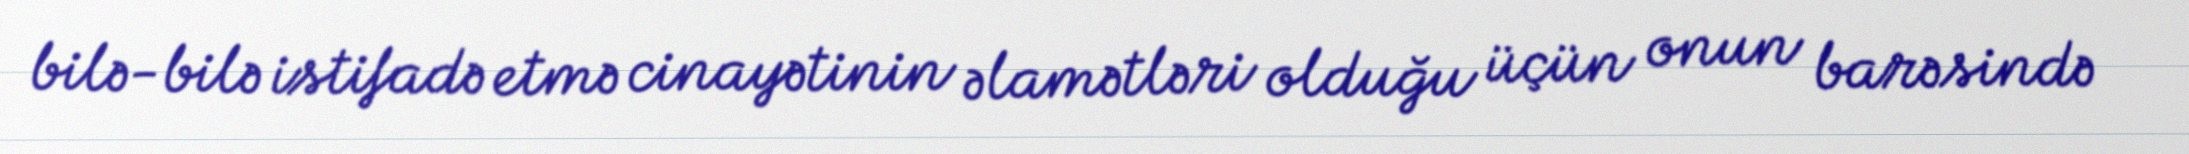
bilə-bilə istifadə etmə cinayətinin əlamətləri olduğu üçün onun barəsində